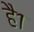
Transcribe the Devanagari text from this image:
है१